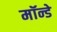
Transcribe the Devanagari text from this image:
मॉन्डे